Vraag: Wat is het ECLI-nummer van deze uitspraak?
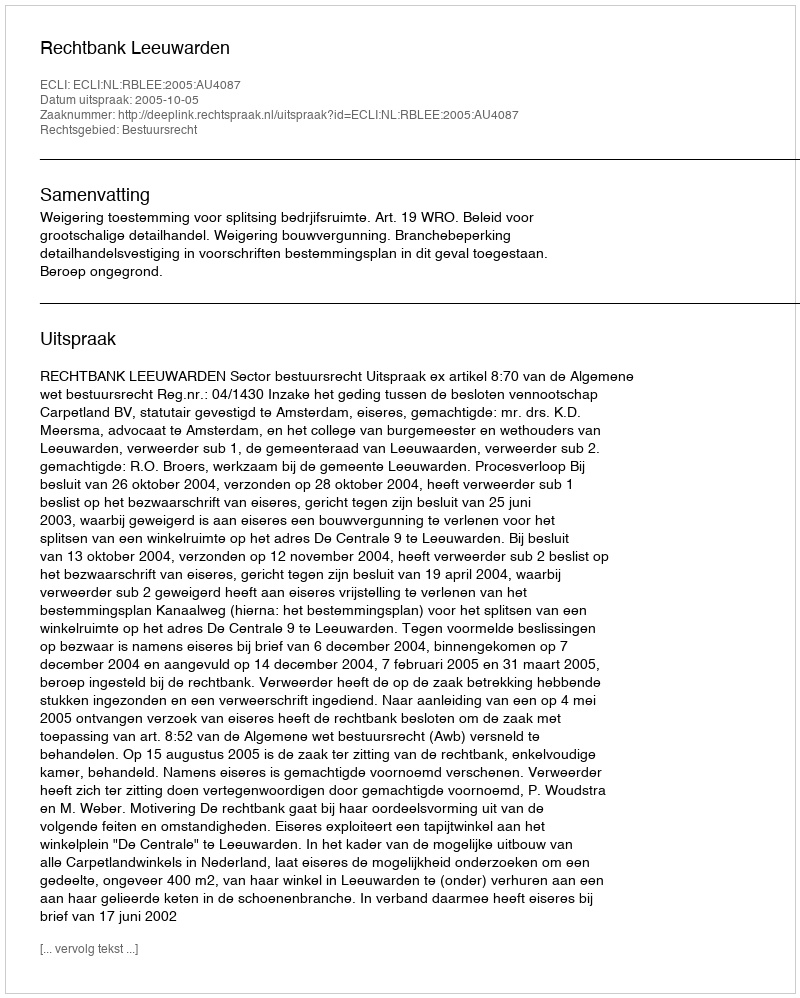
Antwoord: ECLI:NL:RBLEE:2005:AU4087